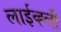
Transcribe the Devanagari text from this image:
लाईव्ह्ली